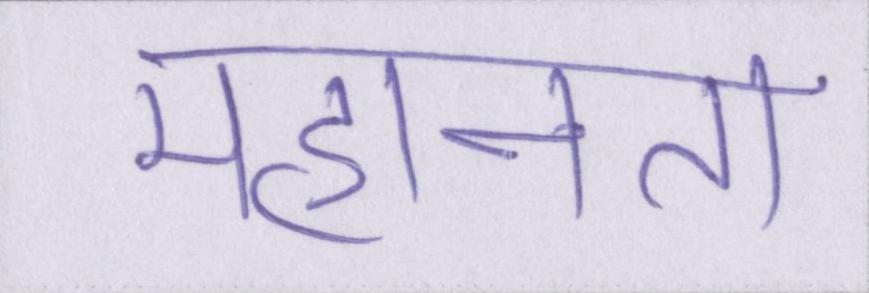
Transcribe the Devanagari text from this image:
महानता